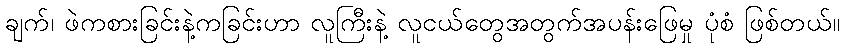
ချက်၊ ဖဲကစားခြင်းနဲ့ကခြင်းဟာ လူကြီးနဲ့ လူငယ်တွေအတွက်အပန်းဖြေမှု ပုံစံ ဖြစ်တယ်။